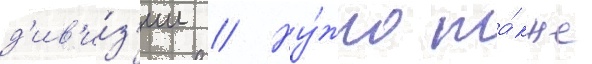
д'ив'и́з'ии // Ну́жно та́кже